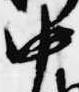
中